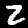
Digit: 2